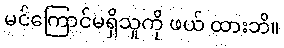
မင်ကြောင်မရှိသူကို ဖယ် ထားဘိ။